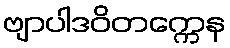
ဗျာပါဒဝိတက္ကေန